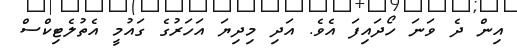
އިން ދެ ވަނަ ހޯދައިފަ އެވެ. އަދި މިދިޔަ އަހަރުގެ ގައުމީ އެތުލެޓިކްސް